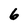
Character: 6